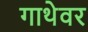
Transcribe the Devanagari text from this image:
गाथेवर